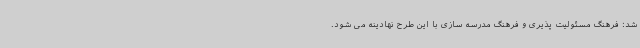
شد: فرهنگ مسئولیت پذیری و فرهنگ مدرسه سازی با این طرح نهادینه می شود.